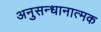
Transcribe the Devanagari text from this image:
अनुसन्धानात्मक